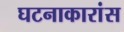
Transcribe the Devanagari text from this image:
घटनाकारांस